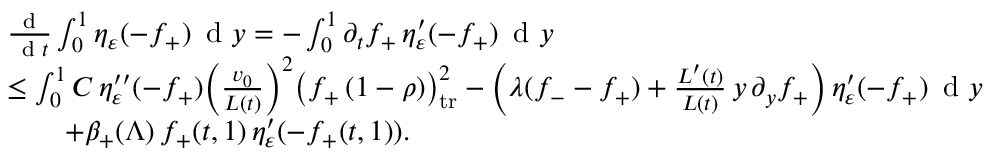
\begin{array} { r l } & { \frac { \textup { d } } { \, \textup { d } t } \int _ { 0 } ^ { 1 } \eta _ { \varepsilon } ( - f _ { + } ) \, \textup { d } y = - \int _ { 0 } ^ { 1 } \partial _ { t } f _ { + } \, \eta _ { \varepsilon } ^ { \prime } ( - f _ { + } ) \, \textup { d } y } \\ & { \le \int _ { 0 } ^ { 1 } C \, \eta _ { \varepsilon } ^ { \prime \prime } ( - f _ { + } ) \Big ( \frac { v _ { 0 } } { L ( t ) } \Big ) ^ { 2 } \bigl ( f _ { + } \, ( 1 - \rho ) \bigr ) _ { \mathrm { t r } } ^ { 2 } - \left( \lambda ( f _ { - } - f _ { + } ) + \frac { L ^ { \prime } ( t ) } { L ( t ) } \, y \, \partial _ { y } f _ { + } \right) \eta _ { \varepsilon } ^ { \prime } ( - f _ { + } ) \, \textup { d } y } \\ & { \qquad + \beta _ { + } ( \Lambda ) \, f _ { + } ( t , 1 ) \, \eta _ { \varepsilon } ^ { \prime } ( - f _ { + } ( t , 1 ) ) . } \end{array}